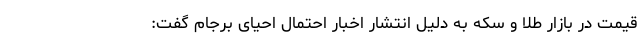
قیمت در بازار طلا و سکه به دلیل انتشار اخبار احتمال احیای برجام گفت: